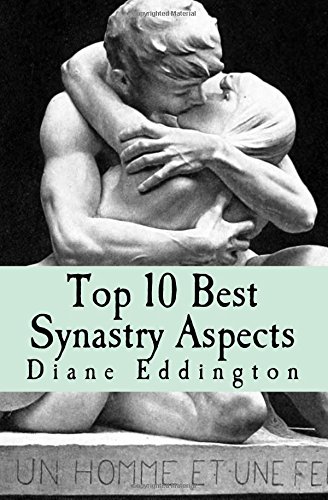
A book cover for Top 10 Best Synastry Aspects (Star Synastry) (Volume 2); Diane Eddington; Religion & Spirituality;